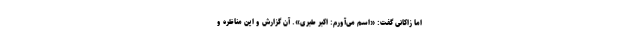
اما زاکانی گفت: «اسم می‌آورم: اکبر طبری». آن گزارش و این مناظره و